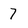
Character: 7